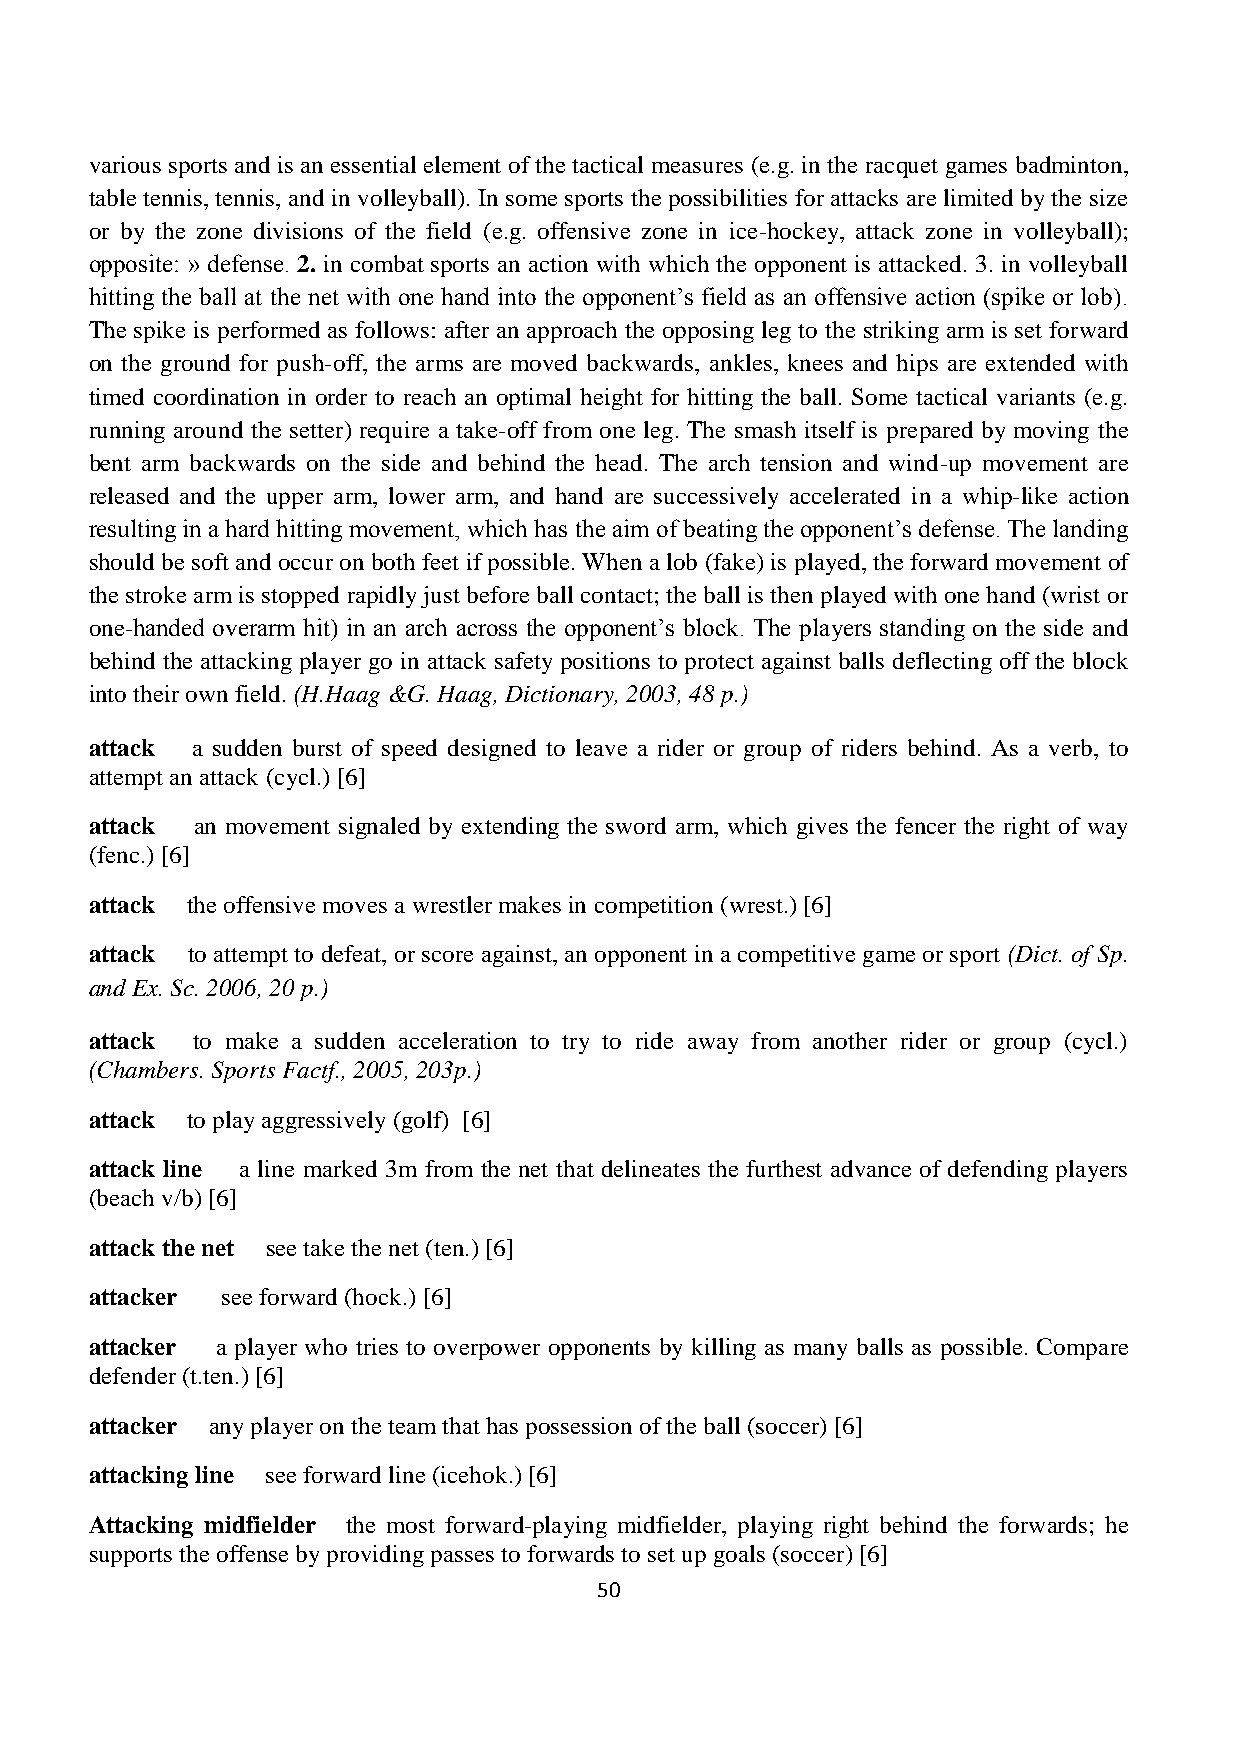
various sports and is an essential element of the tactical measures (e.g. in the racquet games badminton,
 table tennis, tennis, and in volleyball). In some sports the possibilities for attacks are limited by the size
 or by the zone divisions of the field (e.g. offensive zone in ice-hockey, attack zone in volleyball);
 opposite: » defense. 2. in combat sports an action with which the opponent is attacked. 3. in volleyball
 hitting the ball at the net with one hand into the opponent’s field as an offensive action (spike or lob).
 The spike is performed as follows: after an approach the opposing leg to the striking arm is set forward
 on the ground for push-off, the arms are moved backwards, ankles, knees and hips are extended with
 timed coordination in order to reach an optimal height for hitting the ball. Some tactical variants (e.g.
 running around the setter) require a take-off from one leg. The smash itself is prepared by moving the
 bent arm backwards on the side and behind the head. The arch tension and wind-up movement are
 released and the upper arm, lower arm, and hand are successively accelerated in a whip-like action
 resulting in a hard hitting movement, which has the aim of beating the opponent’s defense. The landing
 should be soft and occur on both feet if possible. When a lob (fake) is played, the forward movement of
 the stroke arm is stopped rapidly just before ball contact; the ball is then played with one hand (wrist or
 one-handed overarm hit) in an arch across the opponent’s block. The players standing on the side and
 behind the attacking player go in attack safety positions to protect against balls deflecting off the block
 into their own field. (H.Haag &G. Haag, Dictionary, 2003, 48 p.)
 attack a sudden burst of speed designed to leave a rider or group of riders behind. As a verb, to
 attempt an attack (cycl.) [6]
 attack an movement signaled by extending the sword arm, which gives the fencer the right of way
 (fenc.) [6]
 attack the offensive moves a wrestler makes in competition (wrest.) [6]
 attack to attempt to defeat, or score against, an opponent in a competitive game or sport (Dict. of Sp.
 and Ex. Sc. 2006, 20 p.)
 attack to make a sudden acceleration to try to ride away from another rider or group (cycl.)
 (Chambers. Sports Factf., 2005, 203p.)
 attack to play aggressively (golf) [6]
 attack line a line marked 3m from the net that delineates the furthest advance of defending players
 (beach v/b) [6]
 attack the net see take the net (ten.) [6]
 attacker see forward (hock.) [6]
 attacker a player who tries to overpower opponents by killing as many balls as possible. Compare
 defender (t.ten.) [6]
 attacker any player on the team that has possession of the ball (soccer) [6]
 attacking line see forward line (icehok.) [6]
 Attacking midfielder the most forward-playing midfielder, playing right behind the forwards; he
 supports the offense by providing passes to forwards to set up goals (soccer) [6]
 50